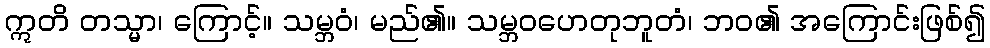
ဣတိ တသ္မာ၊ ကြောင့်။ သမ္ဘဝံ၊ မည်၏။ သမ္ဘဝဟေတုဘူတံ၊ ဘဝ၏ အကြောင်းဖြစ်၍